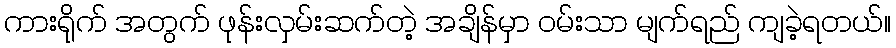
ကားရိုက် အတွက် ဖုန်းလှမ်းဆက်တဲ့ အချိန်မှာ ဝမ်းသာ မျက်ရည် ကျခဲ့ရတယ်။